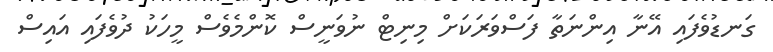
ގަނޑުވެފައި އޭނާ އިންނަތާ ފަސްވަރަކަށް މިނިޓް ނުވަނީސް ކޮންމެވެސް މީހަކު ދުވެފައި އައިސް